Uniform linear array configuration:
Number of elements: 48
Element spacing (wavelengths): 1
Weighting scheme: hann
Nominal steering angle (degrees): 30
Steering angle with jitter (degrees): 30.313
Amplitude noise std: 0.05
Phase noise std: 0.05

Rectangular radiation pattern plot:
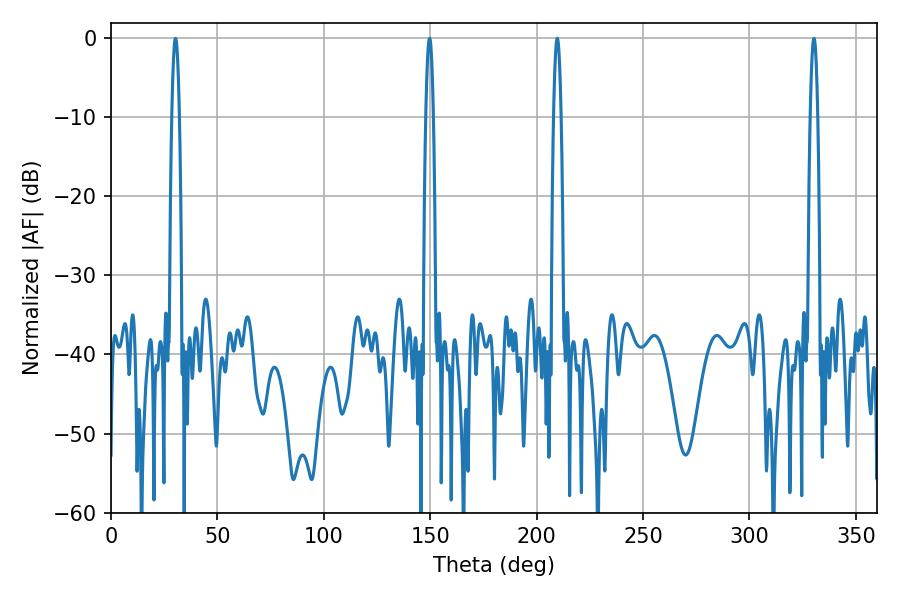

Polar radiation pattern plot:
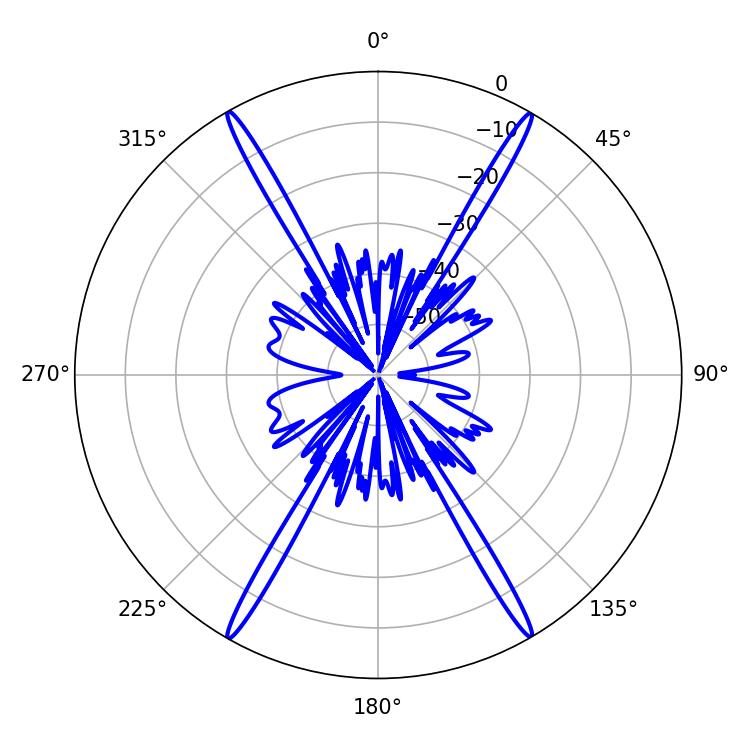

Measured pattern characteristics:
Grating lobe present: TRUE
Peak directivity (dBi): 33.416
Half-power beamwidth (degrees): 1.8
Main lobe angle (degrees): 209.7